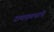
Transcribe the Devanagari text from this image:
रायफल्सने